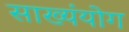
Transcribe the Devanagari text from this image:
साख्यंयोग